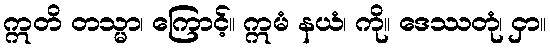
ဣတိ တသ္မာ၊ ကြောင့်။ ဣမံ နယံ၊ ကို။ ဒေဿတုံ၊ ငှာ။